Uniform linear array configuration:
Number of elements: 24
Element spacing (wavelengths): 0.75
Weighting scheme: hann
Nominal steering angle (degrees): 0
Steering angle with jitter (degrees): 1.839
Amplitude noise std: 0.05
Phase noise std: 0.05

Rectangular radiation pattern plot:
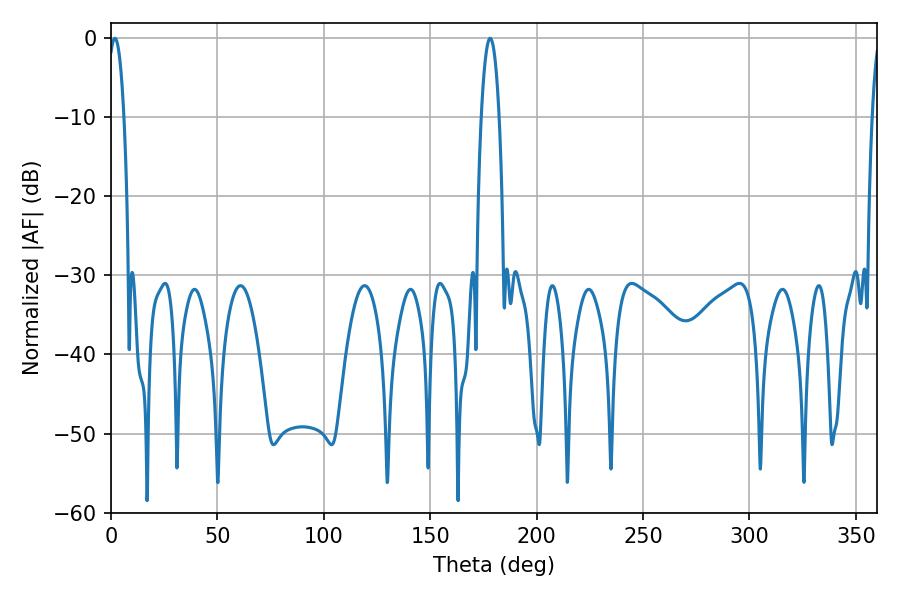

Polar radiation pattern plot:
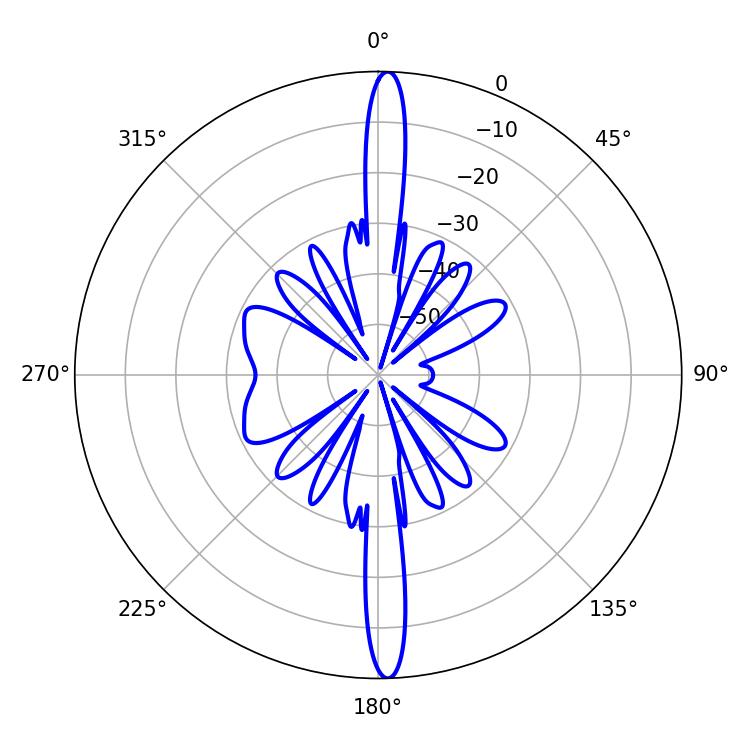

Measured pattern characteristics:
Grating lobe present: TRUE
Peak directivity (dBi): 25.767
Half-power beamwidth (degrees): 4.14
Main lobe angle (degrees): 1.8